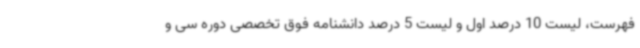
فهرست، لیست 10 درصد اول و لیست 5 درصد دانشنامه فوق تخصصی دوره سی و